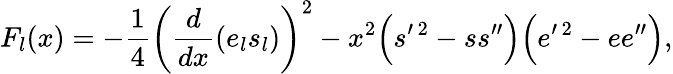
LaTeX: F_{l}(x)=-\frac{1}{4}\left(\frac{d}{dx}(e_{l}s_{l})\right)^{2}-x^{2}\Bigl(s^{\prime\, 2}-ss^{\prime\prime}\Bigr)\Bigl(e^{\prime\, 2}-ee^{\prime\prime}\Bigr),